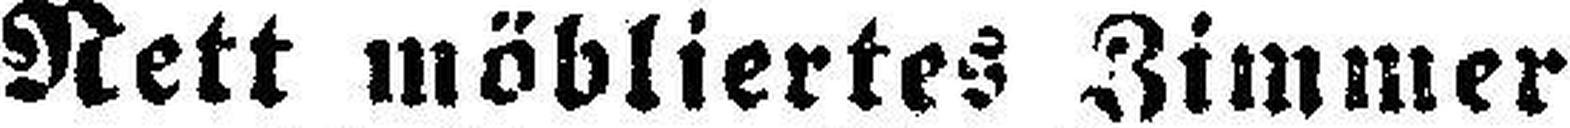
Nett möbliertes Zimmer